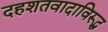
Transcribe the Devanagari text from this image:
दहशतवादाविरूद्ध